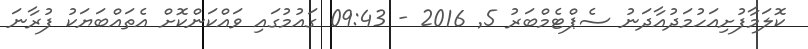
ކޮލަމާފުށިއަހުމަދުއާދަނު ސެޕްޓެމްބަރު 5